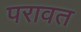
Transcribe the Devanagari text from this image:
परावत